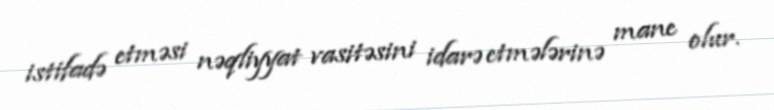
istifadə etməsi nəqliyyat vasitəsini idarə etmələrinə mane olur.